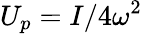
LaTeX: U_{p}={I}/4\omega^{2}